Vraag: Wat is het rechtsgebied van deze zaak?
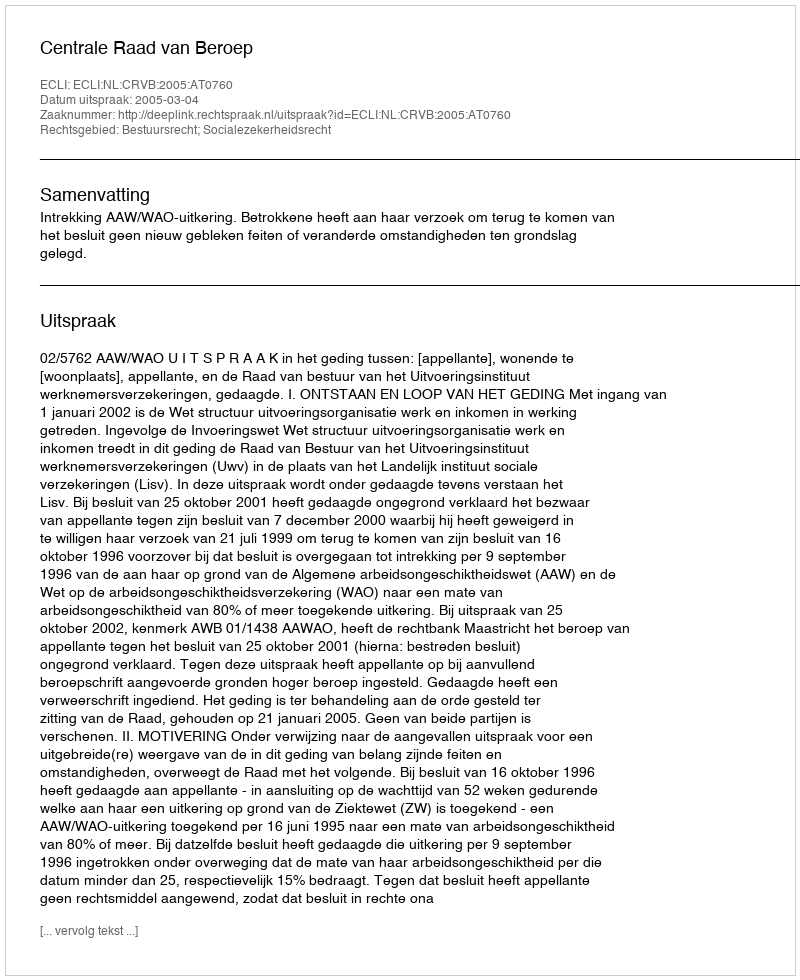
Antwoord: Bestuursrecht; Socialezekerheidsrecht